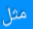
مثل